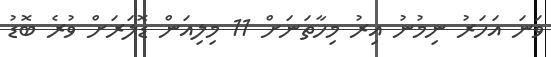
ވަނަ އަހަރު ނިމުނު އިރު މިހާތަނަށް 11 މިލިއަން ޑޮލަރަށް ވުރެ ބޮޑު